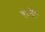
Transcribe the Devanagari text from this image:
चंग्ज़्हेंग